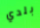
بلدي